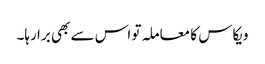
ویکاس کا معاملہ تو اس سے بھی برا رہا۔